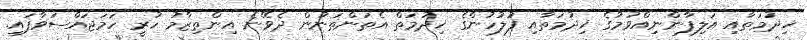
ޚިދުމަތާއި އަލިފާންނިއްވުމުގެ ޚިދުމަތާއި ފުލުހުންގެ ޚިދުމަތް އެތަންތަނުން ދެވޭނެ އިންތިޒާމު ހުރީ ހަމަޖައްސަވާފައި.